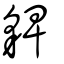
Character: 貏